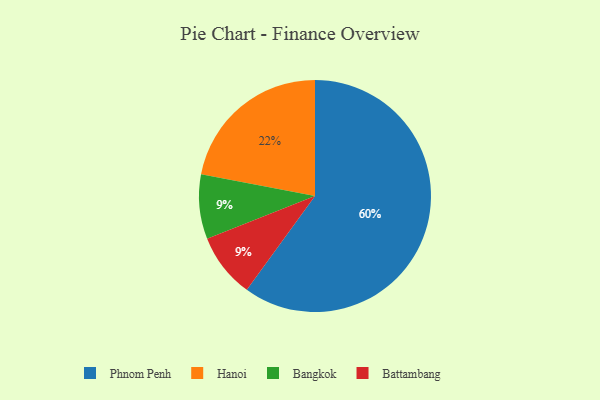
{"axis": {"x": "Category", "y": "Percentage"}, "legend": ["Bangkok", "Battambang", "Hanoi", "Phnom Penh"], "data": [{"x": "Phnom Penh", "y": 60, "type": "Phnom Penh"}, {"x": "Bangkok", "y": 9, "type": "Bangkok"}, {"x": "Battambang", "y": 9, "type": "Battambang"}, {"x": "Hanoi", "y": 22, "type": "Hanoi"}]}